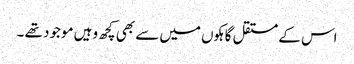
اس کے مستقل گاہکوں میں سے بھی کچھ وہیں موجود تھے ۔